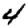
Digit: 4